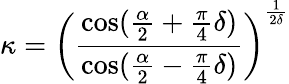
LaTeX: \kappa=\left(\frac{\cos(\frac{\alpha}{2}+\frac{\pi}{4}\delta)}{\cos(\frac{\alpha}{2}-\frac{\pi}{4}\delta)}\right)^{\frac{1}{2\delta}}